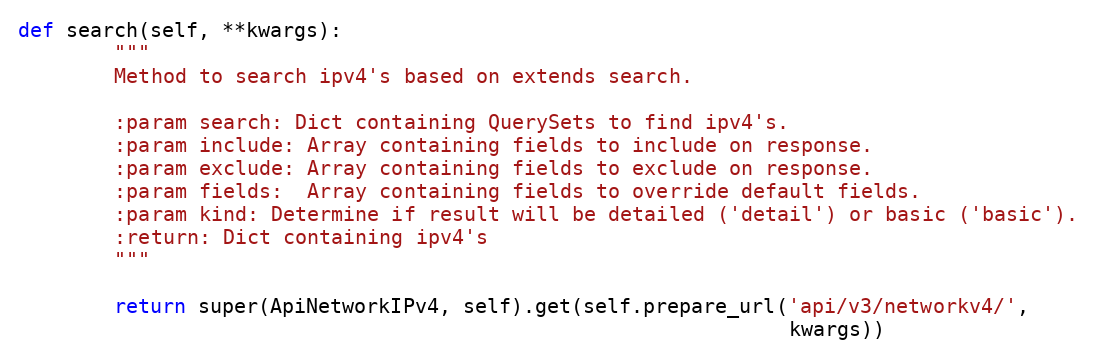
Language: Python
def search(self, **kwargs):
        """
        Method to search ipv4's based on extends search.

        :param search: Dict containing QuerySets to find ipv4's.
        :param include: Array containing fields to include on response.
        :param exclude: Array containing fields to exclude on response.
        :param fields:  Array containing fields to override default fields.
        :param kind: Determine if result will be detailed ('detail') or basic ('basic').
        :return: Dict containing ipv4's
        """

        return super(ApiNetworkIPv4, self).get(self.prepare_url('api/v3/networkv4/',
                                                                kwargs))